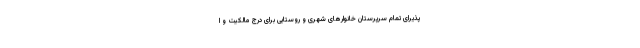
پذیرای تمام سرپرستان خانوارهای شهری و روستایی برای درج مالکیت و ا